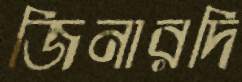
জিনারদি